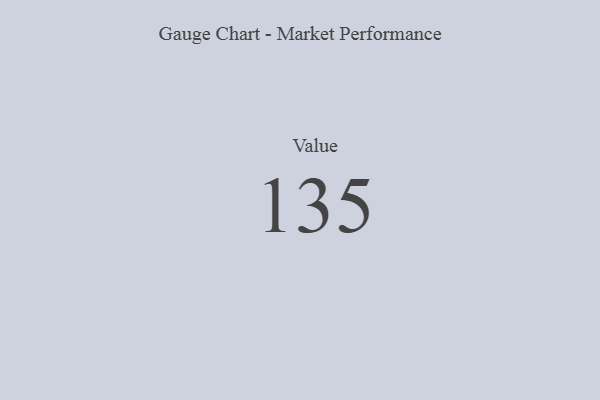
{"axis": {"x": "Metric", "y": "Value"}, "legend": [""], "data": [{"x": "Value", "y": 135, "type": ""}]}